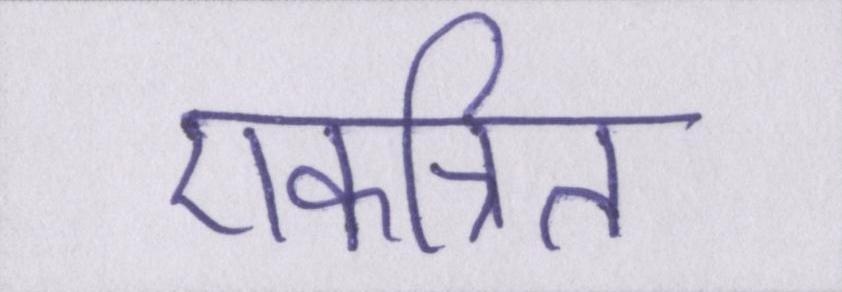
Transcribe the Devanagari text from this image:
एकत्रित